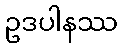
ဥဒပါနဿ